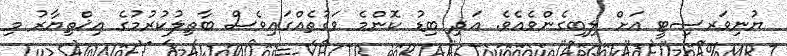
ޔުނިވަރސިޓީ އަށް ލިބިގެންވެއެވެ. އަދި ބިޑު ކޮންމެ ވަގުތެއްގައިވެސް ބާތިލުކުރުމުގެ އިޚްތިޔާރު މި